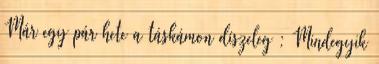
Már egy pár hete a táskámon díszeleg : Mindegyik